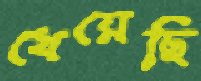
খেয়েছি